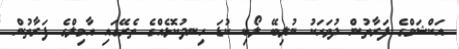
އަކްޝަމްގެ ފަރާތުން ދުވަހަކު ނުލިބޭ ލޯބި ކުޑަ ހިނދުކޮޅެއްގެ ތެރޭގައި އާމިލްގެ ފަރާތުން